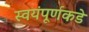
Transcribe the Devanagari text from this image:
स्वयंपूर्णकडे